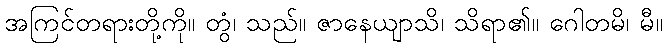
အကြင်တရားတို့ကို။ တွံ၊ သည်။ ဇာနေယျာသိ၊ သိရာ၏။ ဂေါတမိ၊ မီ။